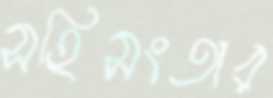
সহিসংতার